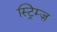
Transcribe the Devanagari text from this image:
स्ट्रिम्ज़